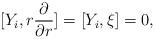
LaTeX: \begin{align*}[Y_i,r\dfrac{\partial}{\partial r}]=[Y_i,\xi]=0,\end{align*}